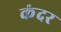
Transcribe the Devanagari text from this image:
कंदर